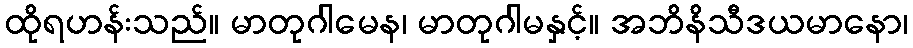
ထိုရဟန်းသည်။ မာတုဂါမေန၊ မာတုဂါမနှင့်။ အဘိနိသီဒယမာနော၊